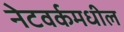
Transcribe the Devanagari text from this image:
नेटवर्कमधील